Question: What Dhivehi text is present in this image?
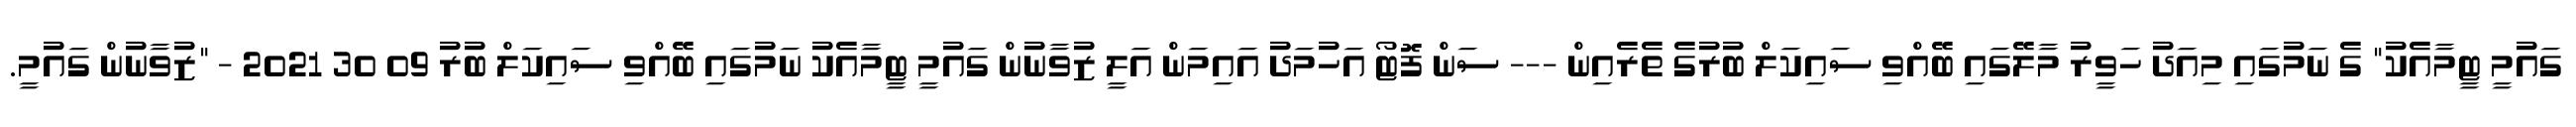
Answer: ގައުމީ ޓީމާއެކު" ގެ ނަމުގައި މިއަދު ހަވީރު މާލޭގައި ބޭއްވި ސައިކަލް ބުރުގެ ތެރެއިން --- ސަން ފޮޓޯ އަހުމަދު އައިމަން އަލީ ޒުވާނުން ގައުމީ ޓީމާއެކު ނަމުގައި ބޭއްވި ސައިކަލް ބުރު 09 30 2021 - "ޒުވާނުން ގައުމީ.